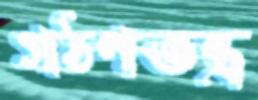
গঠণতন্ত্র